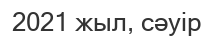
2021 жыл, сәуір